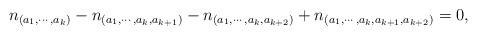
LaTeX: \begin{align*}n_{(a_1,\cdots,a_k)}-n_{(a_1,\cdots,a_k,a_{k+1})}-n_{(a_1,\cdots,a_k,a_{k+2})}+n_{(a_1,\cdots,a_k,a_{k+1},a_{k+2})}=0,\end{align*}